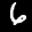
Label: 6